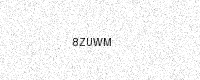
Text: 8ZUWM